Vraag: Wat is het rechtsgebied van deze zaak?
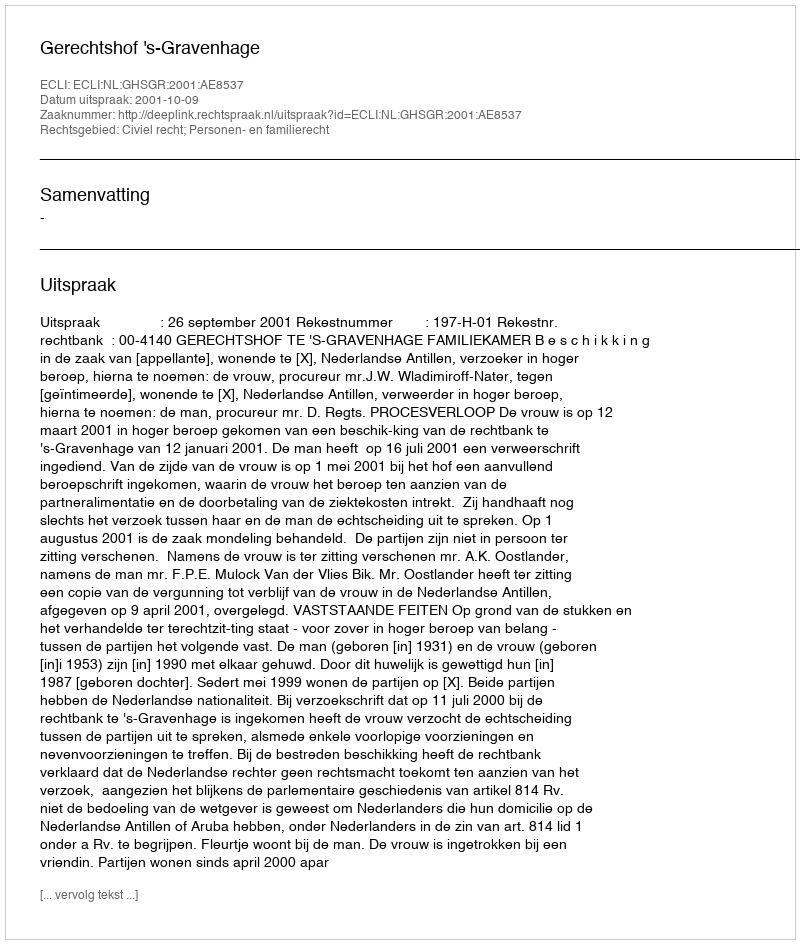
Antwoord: Civiel recht; Personen- en familierecht